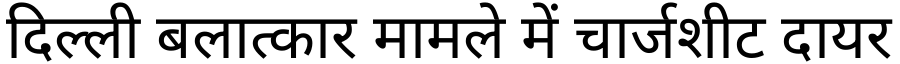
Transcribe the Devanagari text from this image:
दिल्ली बलात्कार मामले में चार्जशीट दायर